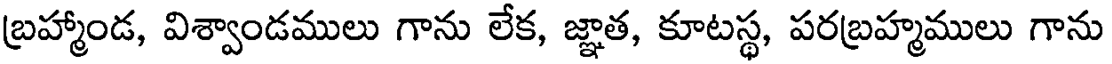
బ్రహ్మాండ, విశ్వాండములు గాను లేక, జ్ఞాత, కూటస్థ, పరబ్రహ్మములు గాను